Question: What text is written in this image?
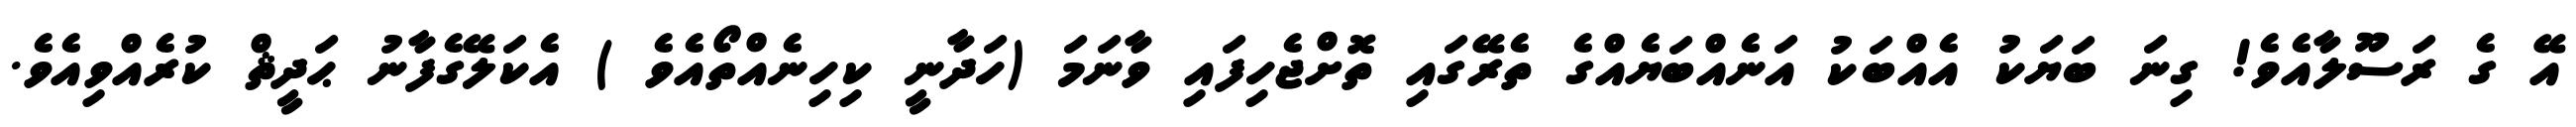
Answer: އޭ ގެ ރަސޫލާއެވެ! ގިނަ ބަޔަކު އެއްބަކު އަނެއްބަޔެއްގެ ތެރޭގައި ތޮށްޖެހިފައި ވާނަމަ (ހަދާނީ ކިހިނެއްތޯއެވެ ) އެކަލޭގެފާނު ޙަދީޘް ކުރެއްވިއެވެ.